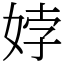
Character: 㛘